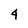
Character: 4